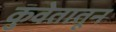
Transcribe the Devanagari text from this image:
कुवेतातून